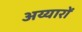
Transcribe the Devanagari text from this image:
अय्यारों